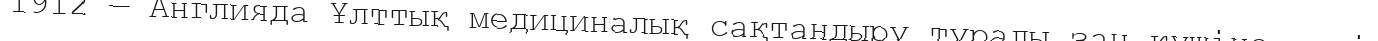
1912 — Англияда Ұлттық медициналық сақтандыру туралы заң күшіне енді